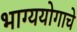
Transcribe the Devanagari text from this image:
भाग्ययोगाचे